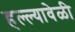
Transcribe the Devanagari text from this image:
हल्ल्यावेळी